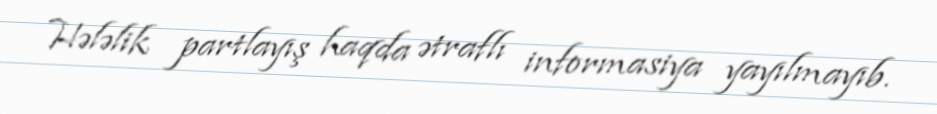
Hələlik partlayış haqda ətraflı informasiya yayılmayıb.